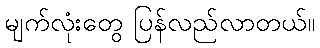
မျက်လုံးတွေ ပြန်လည်လာတယ်။